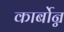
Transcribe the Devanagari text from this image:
कार्बोन्न